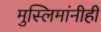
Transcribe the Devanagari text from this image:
मुस्लिमांनीही